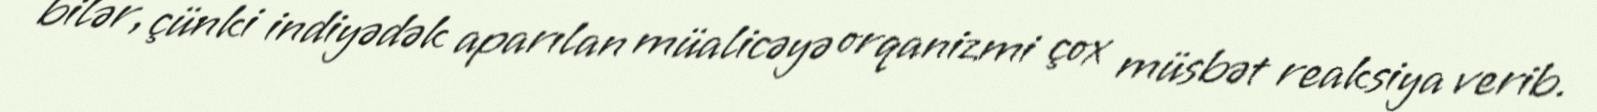
bilər, çünki indiyədək aparılan müalicəyə orqanizmi çox müsbət reaksiya verib.